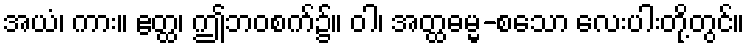
အယံ၊ ကား။ ဧတ္ထ၊ ဤဘဝစက်၌။ ဝါ၊ အတ္ထဓမ္မ-စသော လေးပါးတို့တွင်။